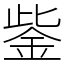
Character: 鈭